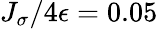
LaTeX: J_{\sigma}/4\epsilon=0.05